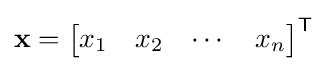
\mathbf {x} ={\begin{bmatrix}x_{1}&x_{2}&\cdots &x_{n}\end{bmatrix}}^{\mathsf {T}}